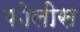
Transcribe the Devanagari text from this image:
फोलीस